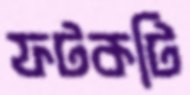
ফটকটি